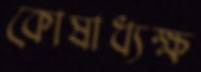
কোষাধ্যক্ষ